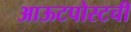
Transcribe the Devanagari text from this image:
आऊटपोस्टची